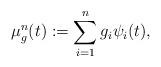
LaTeX: \begin{align*}\mu^n_g(t) := \sum_{i=1}^ng_i\psi_i(t), \end{align*}